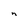
Character: n